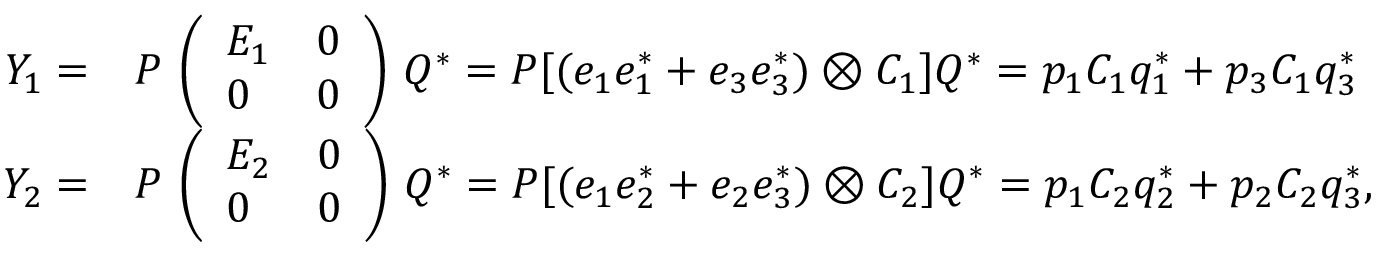
\begin{array} { r l } { Y _ { 1 } = } & { P \, \left( \begin{array} { l l } { E _ { 1 } } & { 0 } \\ { 0 } & { 0 } \end{array} \right) \, Q ^ { * } = P [ ( e _ { 1 } e _ { 1 } ^ { * } + e _ { 3 } e _ { 3 } ^ { * } ) \otimes C _ { 1 } ] Q ^ { * } = p _ { 1 } C _ { 1 } q _ { 1 } ^ { * } + p _ { 3 } C _ { 1 } q _ { 3 } ^ { * } } \\ { Y _ { 2 } = } & { P \, \left( \begin{array} { l l } { E _ { 2 } } & { 0 } \\ { 0 } & { 0 } \end{array} \right) \, Q ^ { * } = P [ ( e _ { 1 } e _ { 2 } ^ { * } + e _ { 2 } e _ { 3 } ^ { * } ) \otimes C _ { 2 } ] Q ^ { * } = p _ { 1 } C _ { 2 } q _ { 2 } ^ { * } + p _ { 2 } C _ { 2 } q _ { 3 } ^ { * } , } \end{array}